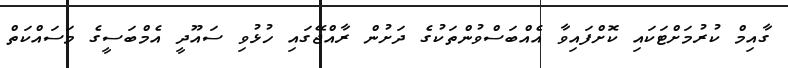
ގާއިމް ކުރުމަށްޓަކައި ކޮށްފައިވާ އެއްބަސްވުންތަކުގެ ދަށުން ރާއްޖޭގައި ހުޅުވި ސައޫދީ އެމްބަސީގެ މަސައްކަތް